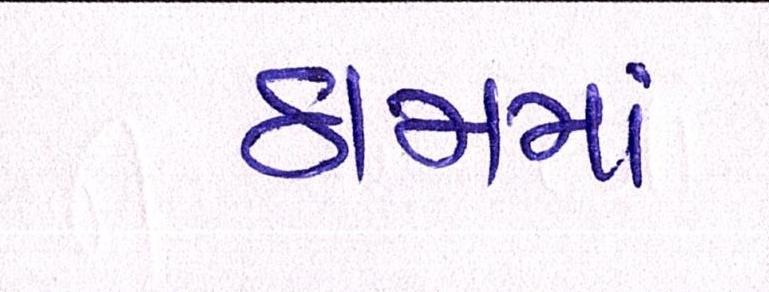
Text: ઠામમાં